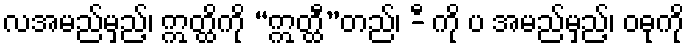
လအမည်မှည့်၊ ဣတ္ထိကို “ဣတ္ထီ”တည်၊ -ီ ကို ပ အမည်မှည့်၊ ဝဓုကို